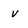
Character: v